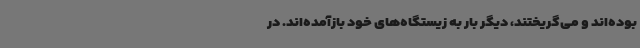
بوده‌اند و می‌گریختند، دیگر بار به زیستگاه‌های خود بازآمده‌اند. در